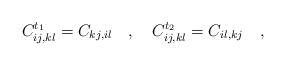
LaTeX: \begin{align*}C^{t_{1}}_{ij,kl} = C_{kj,il} \quad , \quad C^{t_{2}}_{ij,kl} = C_{il,kj}\quad,\end{align*}